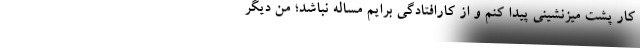
کار پشت میزنشینی پیدا کنم و از کارافتادگی برایم مساله نباشد؛ من دیگر